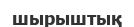
шырыштық